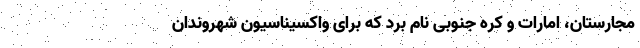
مجارستان، امارات و کره جنوبی نام برد که برای واکسیناسیون شهروندان